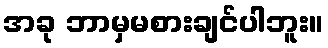
အခု ဘာမှမစားချင်ပါဘူး။